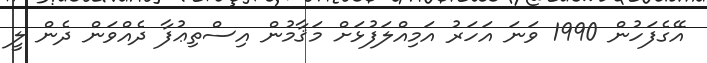
އޭގެފަހުން 1990 ވަނަ އަހަރު އަމިއްލަފުޅަށް މަޤާމުން އިސްތިޢުފާ ދެއްވަން ދެން ލީ